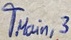
Text: TMain,3